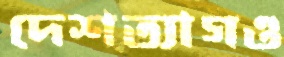
দেশত্যাগও